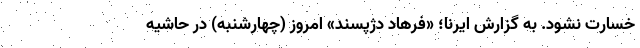
خسارت نشود. به گزارش ایرنا؛ «فرهاد دژپسند» امروز (چهارشنبه) در حاشیه